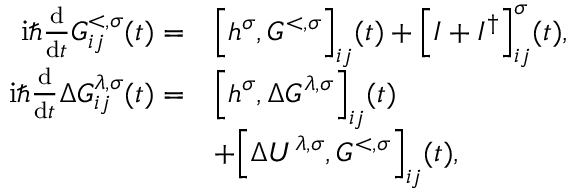
\begin{array} { r l } { \mathrm { i } \hbar \frac { \mathrm { d } } { \mathrm { d } t } G _ { i j } ^ { < , \sigma } ( t ) = } & { \Big [ h ^ { \sigma } , G ^ { < , \sigma } \Big ] _ { i j } ( t ) + \Big [ I + I ^ { \dagger } \Big ] _ { i j } ^ { \sigma } ( t ) , } \\ { \mathrm { i } \hbar \frac { \mathrm { d } } { \mathrm { d } t } \Delta G _ { i j } ^ { \lambda , \sigma } ( t ) = } & { \Big [ h ^ { \sigma } , \Delta G ^ { \lambda , \sigma } \Big ] _ { i j } ( t ) } \\ & { + \Big [ \Delta U ^ { \lambda , \sigma } , G ^ { < , \sigma } \Big ] _ { i j } ( t ) , } \end{array}